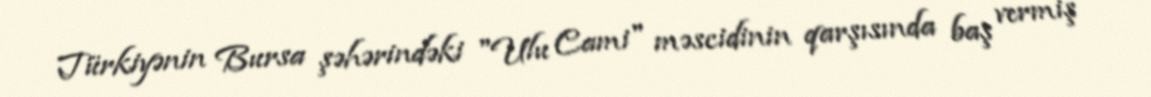
Türkiyənin Bursa şəhərindəki "Ulu Cami" məscidinin qarşısında baş vermiş